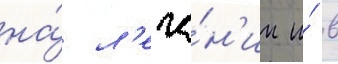
на́ л'ече́н'ии и́ в